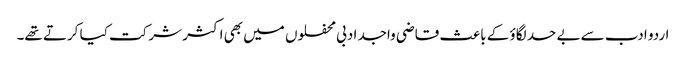
اردو ادب سے بے حد لگاؤ کے باعث قاضی واجد ادبی محفلوں میں بھی اکثر شرکت کیا کرتے تھے۔